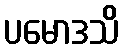
ပမောဒသိ